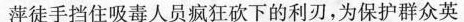
萍徒手挡住吸毒人员疯狂砍下的利刃，为保护群众英